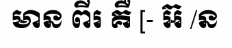
មាន ពីរ គឺ [- អ៊ /ន